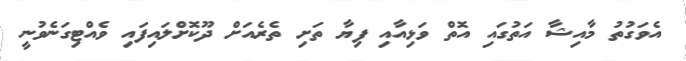
އެވަގުތު މާއިޝާ އަތުގައި އޮތް ވަޅިއާއި ފިޔާ ތަށި ތެރެއަށް ދޫކޮށްލައިފައި ވެއްޓިގަނެވުނީ